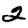
Digit: 2